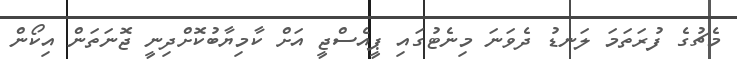
މެޗުގެ ފުރަތަމަ ލަނޑު ދެވަނަ މިނެޓުގައި ޕީއެސްޖީ އަށް ކާމިޔާބުކޮށްދިނީ ޖޮނަތަން އިކޯން